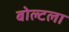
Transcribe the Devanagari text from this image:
बोल्टला